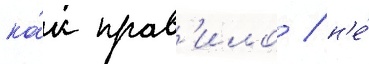
ка́к прав'ило / н'е́